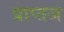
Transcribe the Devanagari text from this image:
प्राप्तज